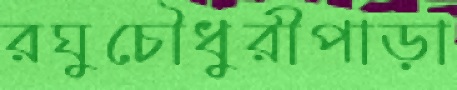
রঘুচৌধুরীপাড়া